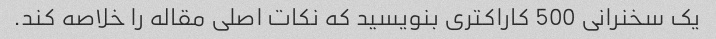
یک سخنرانی 500 کاراکتری بنویسید که نکات اصلی مقاله را خلاصه کند.